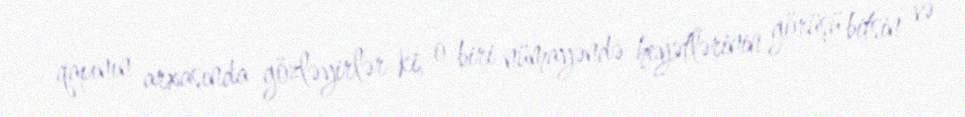
qapının arxasında gözləyirlər ki, o biri nümayəndə heyətlərinin görüşü bitsin və